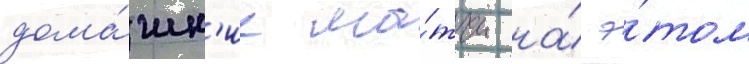
дома́шн'ие ма́тчи на́ э́том